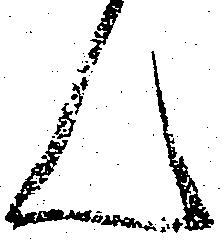
ん